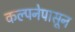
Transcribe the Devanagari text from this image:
कल्पनेपासून